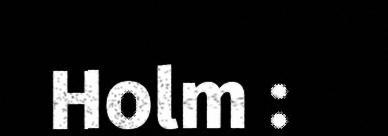
Holm :